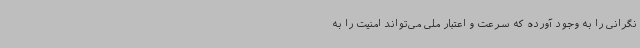
نگرانی را به وجود آورده که سرعت و اعتبار ملی می‌تواند امنیت را به